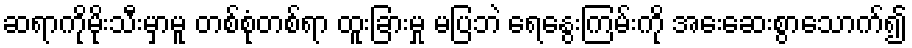
ဆရာကိုမိုးသီးမှာမူ တစ်စုံတစ်ရာ ထူးခြားမှု မပြဘဲ ရေနွေးကြမ်းကို အေးဆေးစွာသောက်၍